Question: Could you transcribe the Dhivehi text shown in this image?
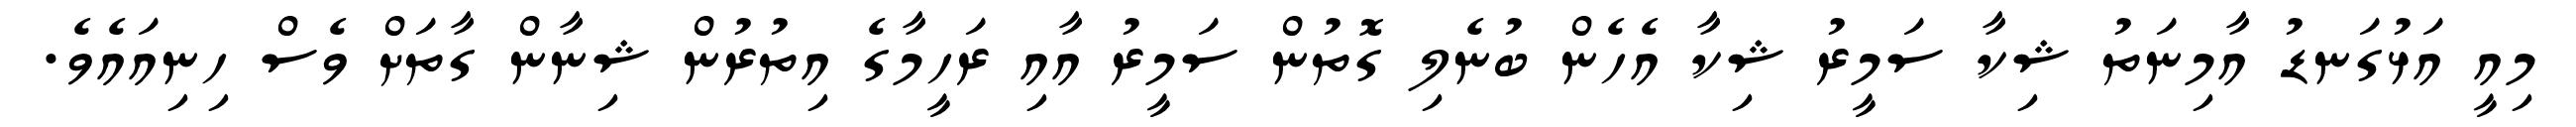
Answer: މިއީ އަޅުގަނޑު އާމިނަތު ޝިކާ ސަމީރު ޝިކާ އެހެން ބުނެލި ގޮތުން ސަމީރު އާއި ރަހީމާގެ އިތުރުން ޝިނާން ގާތަށް ވެސް ހިނިއައެވެ.